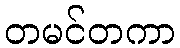
တမင်တကာ